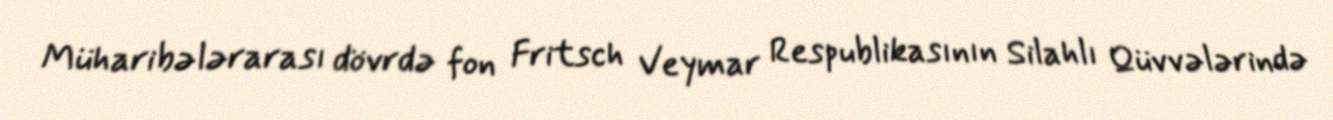
Müharibələrarası dövrdə fon Fritsch Veymar Respublikasının Silahlı Qüvvələrində